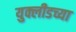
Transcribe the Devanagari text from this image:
युक्लीडच्या